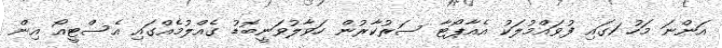
އަންނަ މަހު 1ގައި ފުވައްމުލަކު އެއާޕޯޓާ ސަރުކާރުން ހަވާލުވަނީބޮޑު ގެއްލުމެއްގައި އެސްޓީއޯ އިން